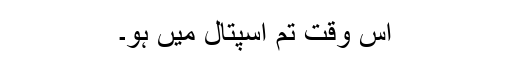
اس وقت تم اسپتال میں ہو۔